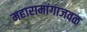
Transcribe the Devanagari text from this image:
महारामांगाजवळ